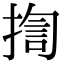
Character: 揈